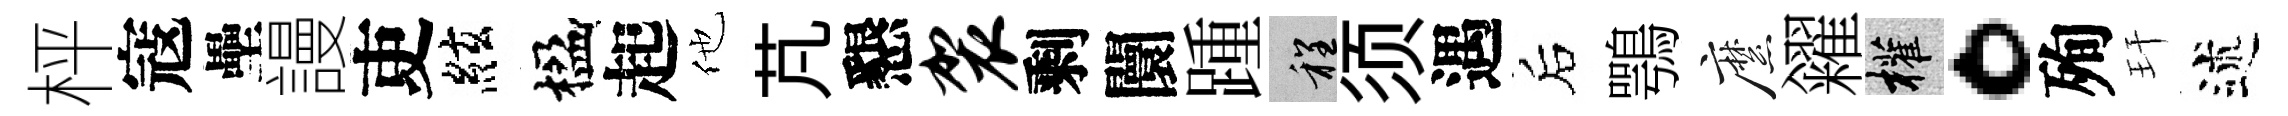
枰寇壘謾吏絃楹起他芃懇袈剩闤踵程须遇后鶚縻糴權。殉玕述